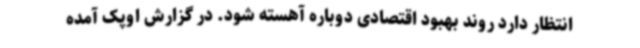
انتظار دارد روند بهبود اقتصادی دوباره آهسته شود. در گزارش اوپک آمده